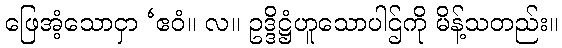
ဖြေအံ့သောငှာ ‘ဧဝံ။ လ။ ဥဒ္ဒိဋ္ဌံဟူသောပါဌ်ကို မိန့်သတည်း။